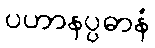
ပဟာနပ္ပဓာနံ